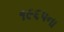
૧૯૬પના